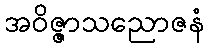
အဝိဇ္ဇာသညောဇနံ